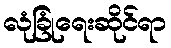
လုံခြုံရေးဆိုင်ရာ